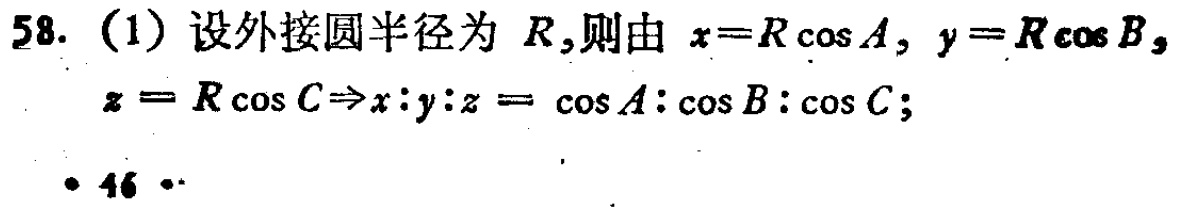
58. (1) 设外接圆半径为 \(R\),则由 \(x = R\cos A\), \(y = R\cos B\), \(z = R\cos C\Rightarrow x:y:z=\cos A:\cos B:\cos C\);

· 46 ·